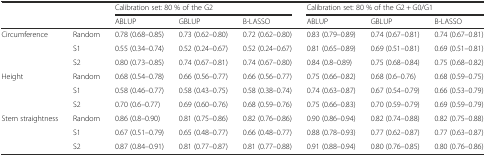
<table><thead><tr><td rowspan="2" colspan="2"></td><td colspan="3"><b>Calibration set: 80 % of the G2</b></td><td colspan="3"><b>Calibration set: 80 % of the G2 + G0/G1</b></td></tr><tr><td><b>ABLUP</b></td><td><b>GBLUP</b></td><td><b>B-LASSO</b></td><td><b>ABLUP</b></td><td><b>GBLUP</b></td><td><b>B-LASSO</b></td></tr></thead><tbody><tr><td rowspan="3">Circumference</td><td>Random</td><td>0.78 (0.68–0.85)</td><td>0.73 (0.62–0.80)</td><td>0.72 (0.62–0.80)</td><td>0.83 (0.79–0.89)</td><td>0.74 (0.67–0.81)</td><td>0.74 (0.67–0.81)</td></tr><tr><td>S1</td><td>0.55 (0.34–0.74)</td><td>0.52 (0.24–0.67)</td><td>0.52 (0.24–0.67)</td><td>0.81 (0.65–0.89)</td><td>0.69 (0.51–0.81)</td><td>0.69 (0.51–0.81)</td></tr><tr><td>S2</td><td>0.80 (0.73–0.85)</td><td>0.74 (0.67–0.81)</td><td>0.74 (0.67–0.80)</td><td>0.84 (0.8–0.89)</td><td>0.75 (0.68–0.84)</td><td>0.75 (0.68–0.82)</td></tr><tr><td rowspan="3">Height</td><td>Random</td><td>0.68 (0.54–0.78)</td><td>0.66 (0.56–0.77)</td><td>0.66 (0.56–0.77)</td><td>0.75 (0.66–0.82)</td><td>0.68 (0.6–0.76)</td><td>0.68 (0.59–0.75)</td></tr><tr><td>S1</td><td>0.58 (0.46–0.77)</td><td>0.58 (0.43–0.75)</td><td>0.58 (0.38–0.74)</td><td>0.74 (0.63–0.87)</td><td>0.67 (0.54–0.79)</td><td>0.66 (0.53–0.79)</td></tr><tr><td>S2</td><td>0.70 (0.6–0.77)</td><td>0.69 (0.60–0.76)</td><td>0.68 (0.59–0.76)</td><td>0.75 (0.66–0.83)</td><td>0.70 (0.59–0.79)</td><td>0.69 (0.59–0.79)</td></tr><tr><td rowspan="3">Stem straightness</td><td>Random</td><td>0.86 (0.8–0.90)</td><td>0.81 (0.75–0.86)</td><td>0.82 (0.76–0.86)</td><td>0.90 (0.86–0.94)</td><td>0.82 (0.74–0.88)</td><td>0.82 (0.75–0.88)</td></tr><tr><td>S1</td><td>0.67 (0.51–0.79)</td><td>0.65 (0.48–0.77)</td><td>0.66 (0.48–0.77)</td><td>0.88 (0.78–0.93)</td><td>0.77 (0.62–0.87)</td><td>0.77 (0.63–0.87)</td></tr><tr><td>S2</td><td>0.87 (0.84–0.91)</td><td>0.81 (0.77–0.87)</td><td>0.81 (0.77–0.88)</td><td>0.91 (0.88–0.94)</td><td>0.80 (0.76–0.85)</td><td>0.80 (0.76–0.86)</td></tr></tbody></table>